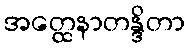
အတ္ထေနာတန္ဒိတာ